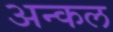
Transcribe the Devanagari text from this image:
अन्कल